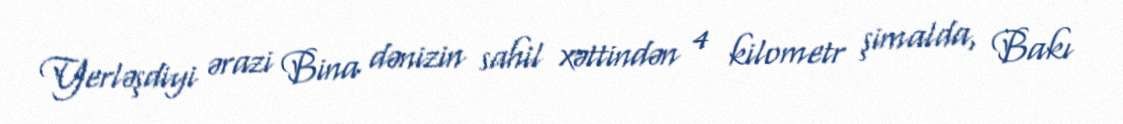
Yerləşdiyi ərazi Bina dənizin sahil xəttindən 4 kilometr şimalda, Bakı